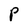
Character: P